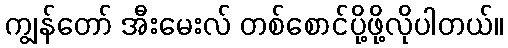
ကျွန်တော် အီးမေးလ် တစ်စောင်ပို့ဖို့လိုပါတယ်။